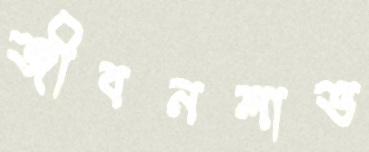
জীবনলাভ